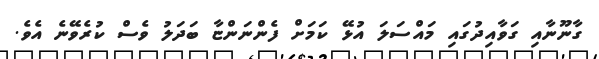
ގާނޫނާއި ގަވާއިދުގައި މައްސަލަ އުޅޭ ކަމަށް ފެންނަންޏާ ބަދަލު ވެސް ކުރެވޭނެ އެވެ.